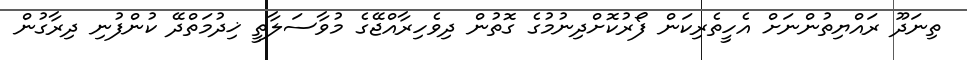
ތިނަދޫ ރައްޔިތުންނަށް އެހީތެރިކަން ފޯރުކޮށްދިނުމުގެ ގޮތުން ދިވެހިރާއްޖޭގެ މުވާސަލާތީ ޚިދުމަތްދޭ ކުންފުނި ދިރާގުން